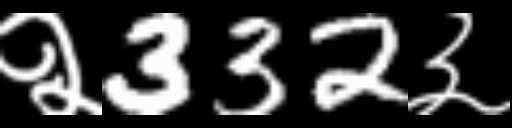
Text: २332३